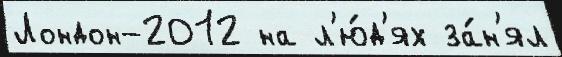
Лондон-2012 на л'ю́д'ях за́н'ял